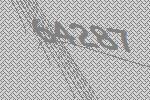
64287